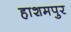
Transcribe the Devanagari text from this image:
हाशमपुर